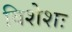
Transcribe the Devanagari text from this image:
विशेशः